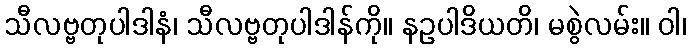
သီလဗ္ဗတုပါဒါနံ၊ သီလဗ္ဗတုပါဒါန်ကို။ နဥပါဒိယတိ၊ မစွဲလမ်း။ ဝါ၊